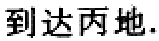
到达丙地.